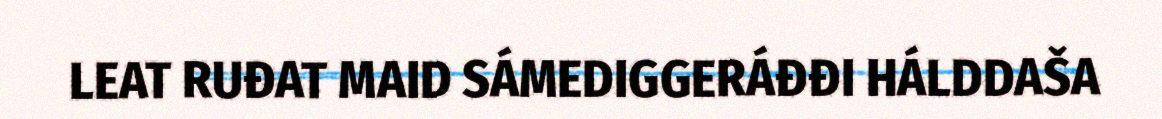
LEAT RUĐAT MAID SÁMEDIGGERÁĐĐI HÁLDDAŠA